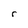
Character: r